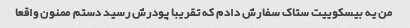
من یه بیسکوییت ستاک سفارش دادم که تقریبا پودرش رسید دستم ممنون واقعا